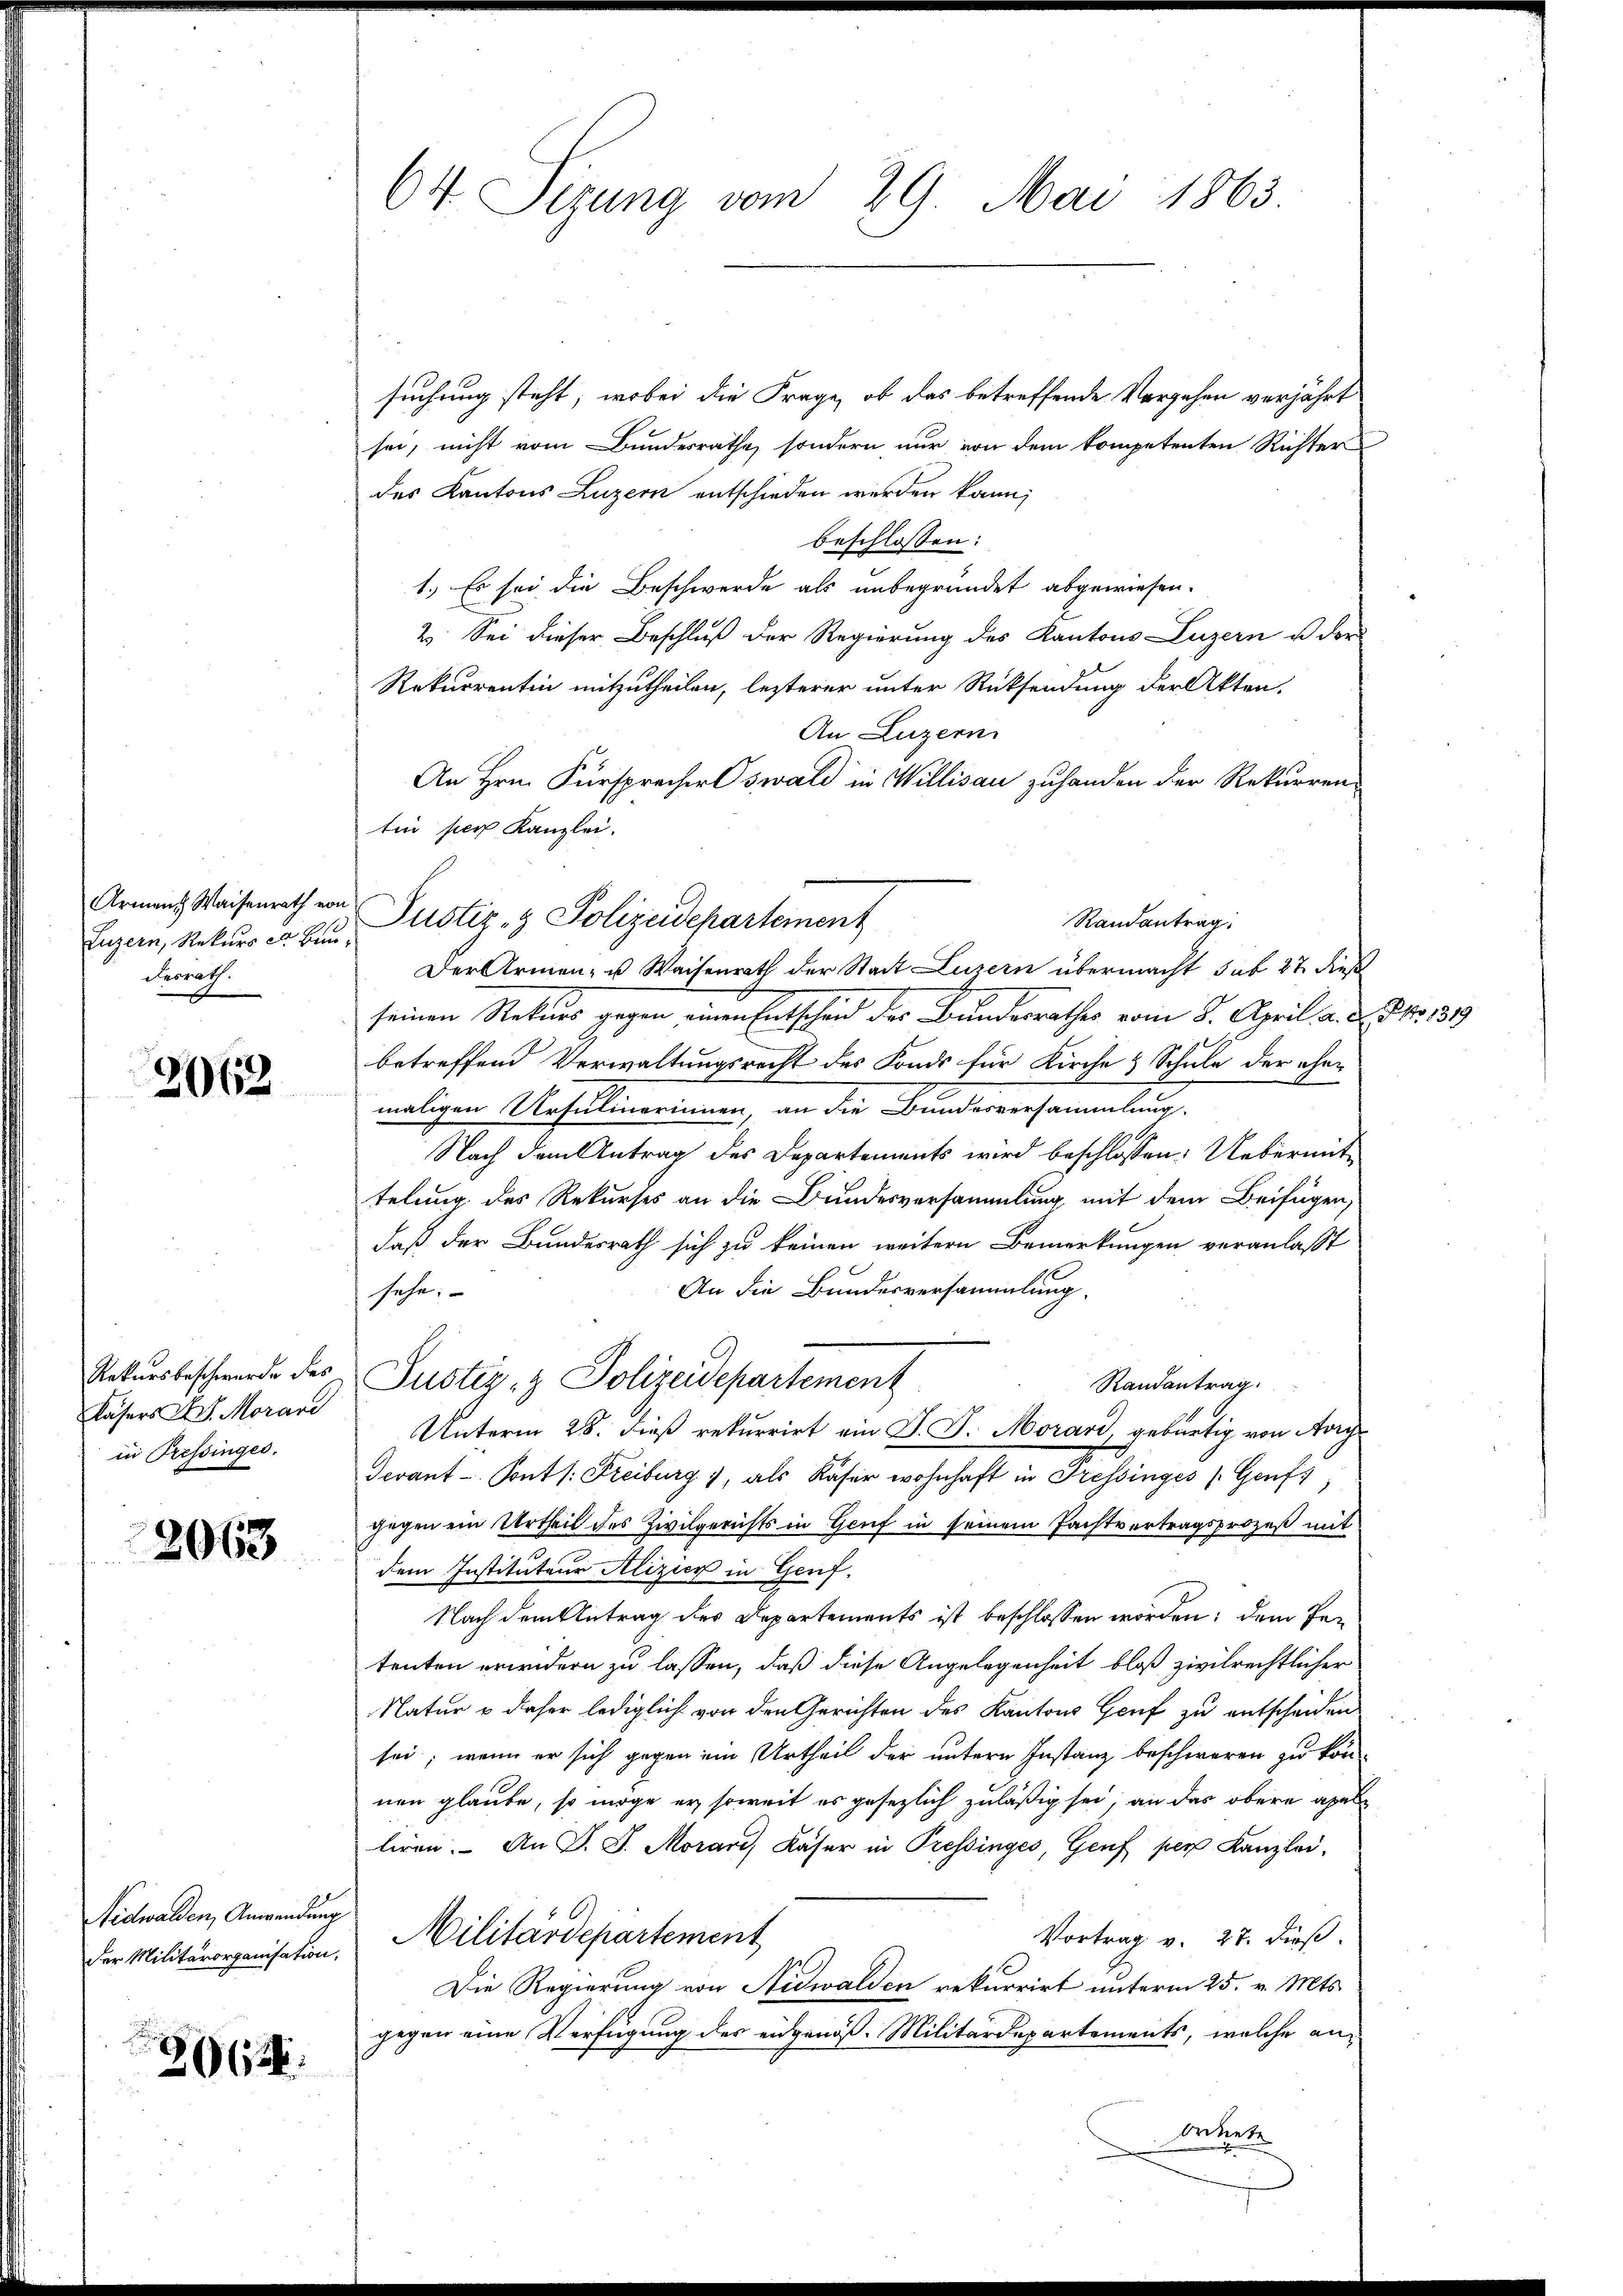
Armens Waisenrath von
Luzern, Rekurs es Bun
desrath.

2062

Rekursbeschwerde des
Kasers IV. Morari
in Pressinges.

2063

Nidwalden, Anwendung
der Militärorganisation,

26

64 Sirung vom 29. Mai 1863.

suchung steht; wobei die Frage, ob das betreffende Vorgehen verjährt
sei, nicht vom Bundesrathe, sondern nur von dem kompetenten Richter
des Kantons Luzern entschieden werden kann;
beschlossen:
1.) Es sei die Beschwerde als unbegründet abgewiesen.
2. Sei dieser Beschluß der Regierung des Kantons Luzern u der
Rekurrentin mitzutheilen, lezterer unter Rücksendung der Akten.
An Luzern
An Hrn. Fürsprecher Oswald in Willisau zuhanden der Rekurren-
tin per Kanzlei.
Der Armen- u Waisenrath der Stadt Luzern übermacht sub 27. dieß
seinen Rekurs gegen einen Entscheid des Bundesrathes vom 8. April a. D. P. Nr. 1319
betreffend Verwaltungsrecht des Fonds für Kirche & Schule der ehemaligen Ursulinerinnen, an die Bundesversammlung.
Nach dem Antrag des Departements wird beschlossen: Uebermittelung des Rekurses an die Bundesversammlung mit dem Beifügen,
daß der Bundesrath sich zu keinen weitern Bemerkungen veranlaßt
An die Bundesversammlung.
sehe.
Justiz- & Polizeidepartement
Randantrag
Unterm 28. dieß rekurrirt ein J. J. Morard gebürtig von Aarg
Tevant - Sont /: Freiburg), als Käser wohnhaft in Pressinges (Genf,
gegen ein Urtheil des Zivilgerichts in Genf in seinem Pachtvertragsprozeß mit
dem Instituteur Alizier in Genf.
Nach dem Antrag des Departements ist beschlossen worden; dem Petenten wirdern zu lassen, daß diese Angelegenheit bloß zivilrechtlicher
Natur & daher lediglich von den Gerichten des Kantons Genf zu entscheiden
sei; wenn er sich gegen ein Urtheil der untern Instanz beschweren zu kön-
nen glaube, so möge er soweit es gesezlich zuläßig sei, an das obere apel
liren. An J. J. Morand, Kaser in Pressinges, Genf per Kanzlei-
Militärdepartement
Vortrag v. 27. dieß.
Die Regierung von Nidwalden rekurrirt unterm 25. v. Mts.
gegen eine Verfügung des eidgenöß. Militärdepartements, welche an¬
Aekete

Justiz- & Polizeidepartement
Randantrag